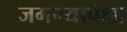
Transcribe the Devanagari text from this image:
जगण्यापेक्षा